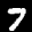
Label: 7